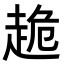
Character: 𧻜